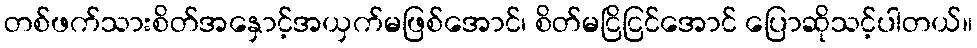
တစ်ဖက်သားစိတ်အနှောင့်အယှက်မဖြစ်အောင်၊ စိတ်မငြိငြင်အောင် ပြောဆိုသင့်ပါတယ်။